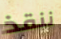
ننقذ